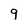
Character: q